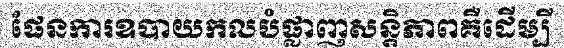
ផែនការឧបាយកលបំផ្លាញសន្តិភាពគឺដើម្បី